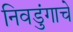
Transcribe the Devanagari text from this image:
निवडुंगाचे